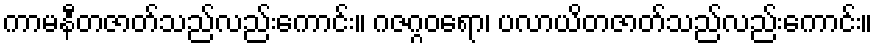
ကာမနီတဇာတ်သည်လည်းကောင်း။ ဂဇဂ္ဂဝရော၊ ပလာယိတဇာတ်သည်လည်းကောင်း။